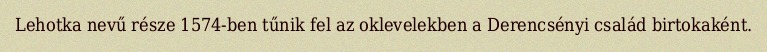
Lehotka nevű része 1574-ben tűnik fel az oklevelekben a Derencsényi család birtokaként.